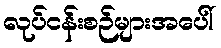
လုပ်ငန်းစဉ်များအပေါ်